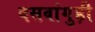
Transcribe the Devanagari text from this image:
बसवांगुड़ी